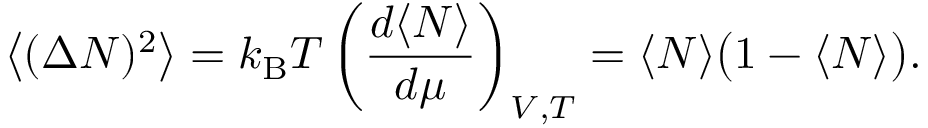
{ \big \langle } ( \Delta N ) ^ { 2 } { \big \rangle } = k _ { \mathrm { { B } } } T \left( { \frac { d \langle N \rangle } { d \mu } } \right) _ { V , T } = \langle N \rangle { \big ( } 1 - \langle N \rangle { \big ) } .